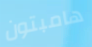
هامبتون